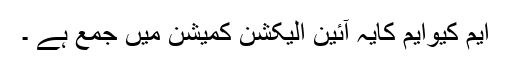
ایم کیوایم کایہ آئین الیکشن کمیشن میں جمع ہے ۔